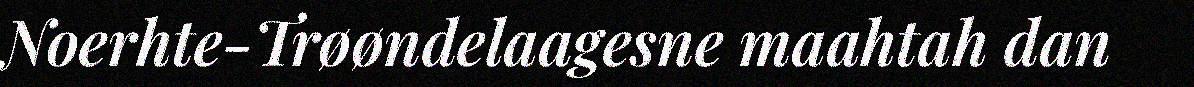
Noerhte-Trøøndelaagesne maahtah dan